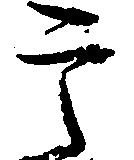
宇